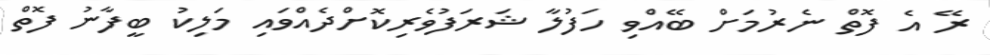
ރޭ އެ ފޮތް ނެރުމަށް ބޭއްވި ހަފުލާ ޝަރަފުވެރިކޮށްދެއްވައި މަލިކު ބީފާނު ފޮތް